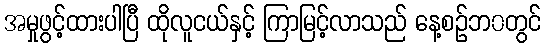
အမှုဖွင့်ထားပါပြီ ထိုလူငယ်နှင့် ကြာမြင့်လာသည် နေ့စဉ်ဘ၀တွင်